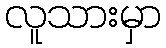
လူသားမှာ